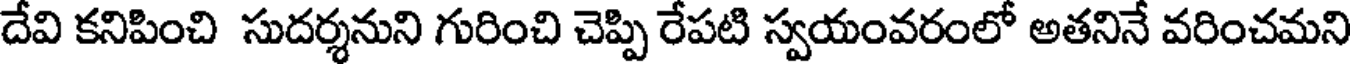
దేవి కనిపించి సుదర్శనుని గురించి చెప్పి రేపటి స్వయంవరంలో అతనినే వరించమని